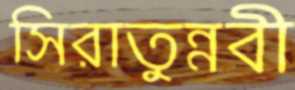
সিরাতুন্নবী